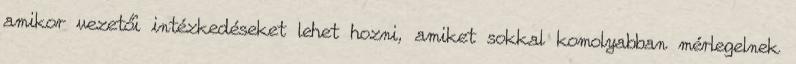
amikor vezetői intézkedéseket lehet hozni, amiket sokkal komolyabban mérlegelnek